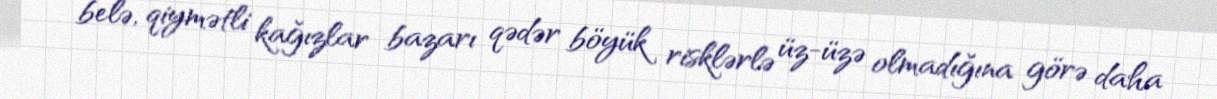
belə, qiymətli kağızlar bazarı qədər böyük risklərlə üz-üzə olmadığına görə daha